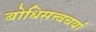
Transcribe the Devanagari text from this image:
बोधिसत्त्वचर्या